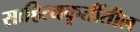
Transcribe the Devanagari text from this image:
साहित्यकृतींतील